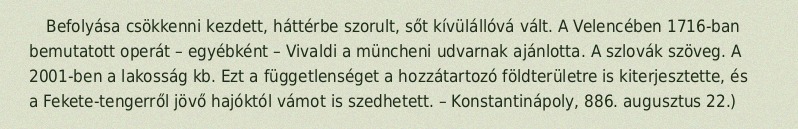
Befolyása csökkenni kezdett, háttérbe szorult, sőt kívülállóvá vált. A Velencében 1716-ban bemutatott operát – egyébként – Vivaldi a müncheni udvarnak ajánlotta. A szlovák szöveg. A 2001-ben a lakosság kb. Ezt a függetlenséget a hozzátartozó földterületre is kiterjesztette, és a Fekete-tengerről jövő hajóktól vámot is szedhetett. – Konstantinápoly, 886. augusztus 22.)